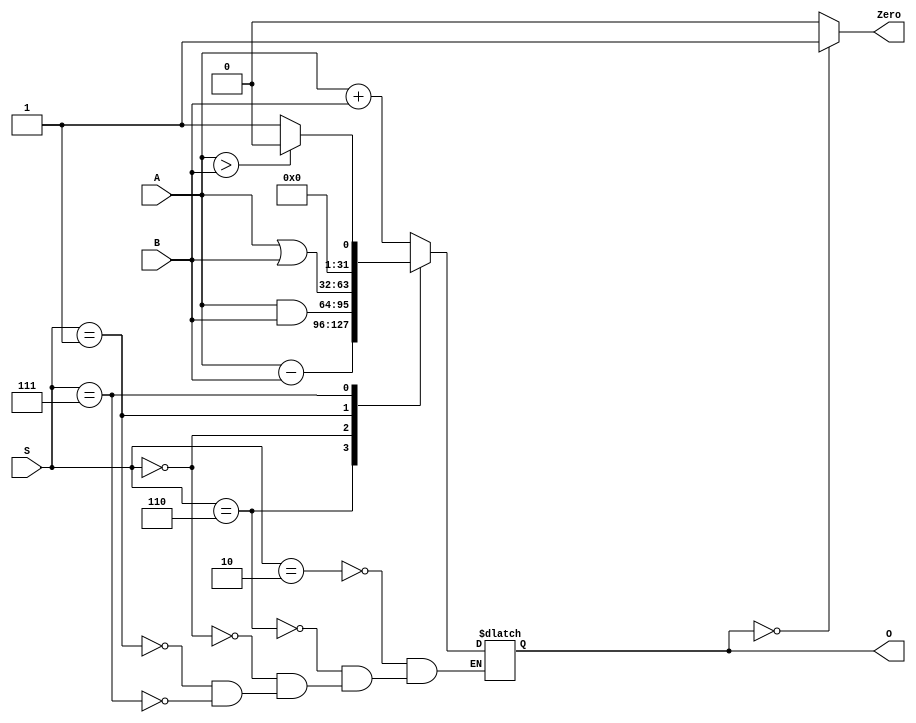
`timescale 1ns / 1ps
//////////////////////////////////////////////////////////////////////////////////
// Company: 
// Engineer: 
// 
// Design Name: 
// Module Name:    ALU 
// Project Name: 
// Target Devices: 
// Tool versions: 
// Description: 
//
// Dependencies: 
//
// Revision: 
// Revision 0.01 - File Created
// Additional Comments: 
//
//////////////////////////////////////////////////////////////////////////////////
module ALU(A,B,S,O,Zero
    );
input [0:31] A,B;
input [0:2] S;
output  reg[0:31] O;
output reg Zero;


always@(S)
begin
case (S)
 3'b010: O <= A+B;
 3'b110: O <= A-B;
 3'b000: O <= A&B;
 3'b001: O <= A|B;
 3'b111: O <= (A>B) ? 0:1;
 
endcase
if(O==0)begin
 Zero = 1;
 end
 else Zero = 0;

end







endmodule